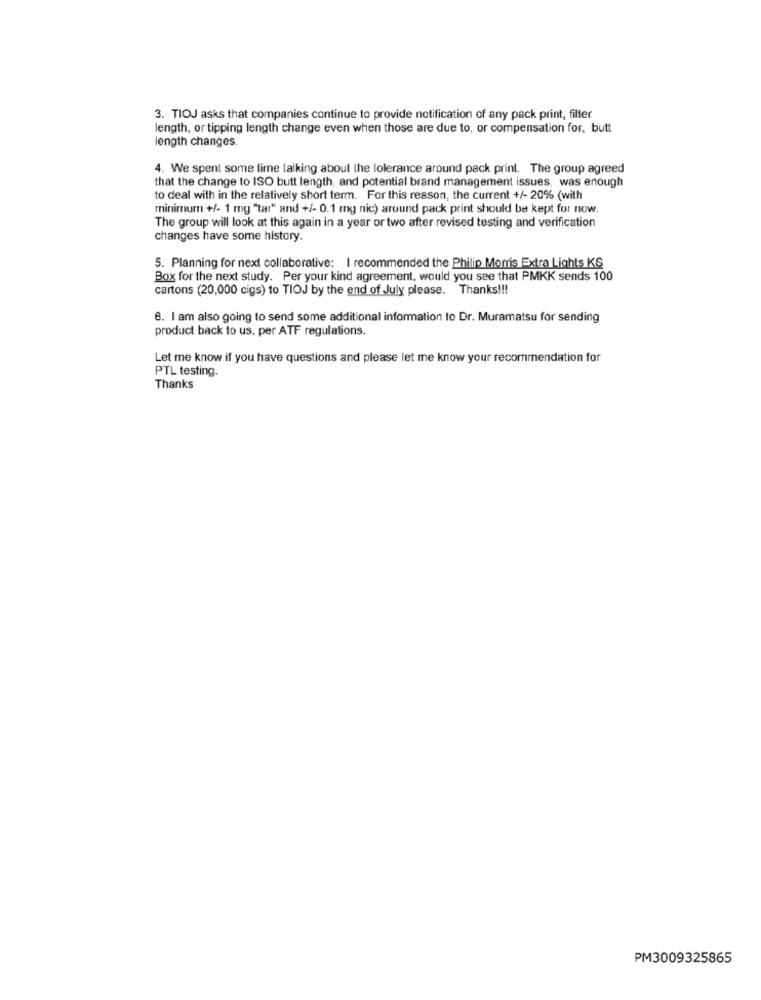
3. TIOJ asks that companies continue to provide notification of any pack print, filter
length, or tipping length change even when those are due to, or compensation for, butt
length changes.
4. We spent some lime talking about the lolerance around pack print. The group agreed
that the change to ISO butt length, and potential brand management issues, was enough
to deal with in the relatively short term. For this reason, the current +/- 20% (with
minimum +/- 1 mg "tar" and +/- 0.1 mg nic) around pack print should be kept for now.
The group will look at this again in a year or two after revised testing and verification
changes have some history.
5. Planning for next collaborative: I recommended the Philip Morris Extra Lights KS
Box for the next study. Per your kind agreement, would you see that PMKK sends 100
cartons (20,000 cigs) to TIOJ by the end of July please. Thanks !!!
6. I am also going to send some additional information to Dr. Muramatsu for sending
product back to us. per ATF regulations.
Let me know if you have questions and please let me know your recommendation for
PTL testing.
Thanks
PM3009325865